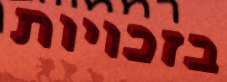
בזכויות